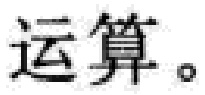
运算。